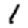
Digit: 1